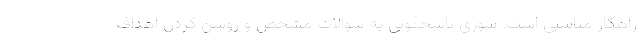
راهکار مناسبی است. سوری پاسخگویی به سوالات مشخص و روشن کردن اهداف